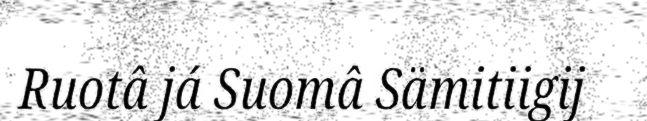
Ruotâ já Suomâ Sämitiigij